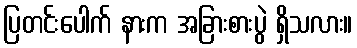
ပြတင်းပေါက် နားက အခြားစားပွဲ ရှိသလား။